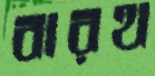
বারথ